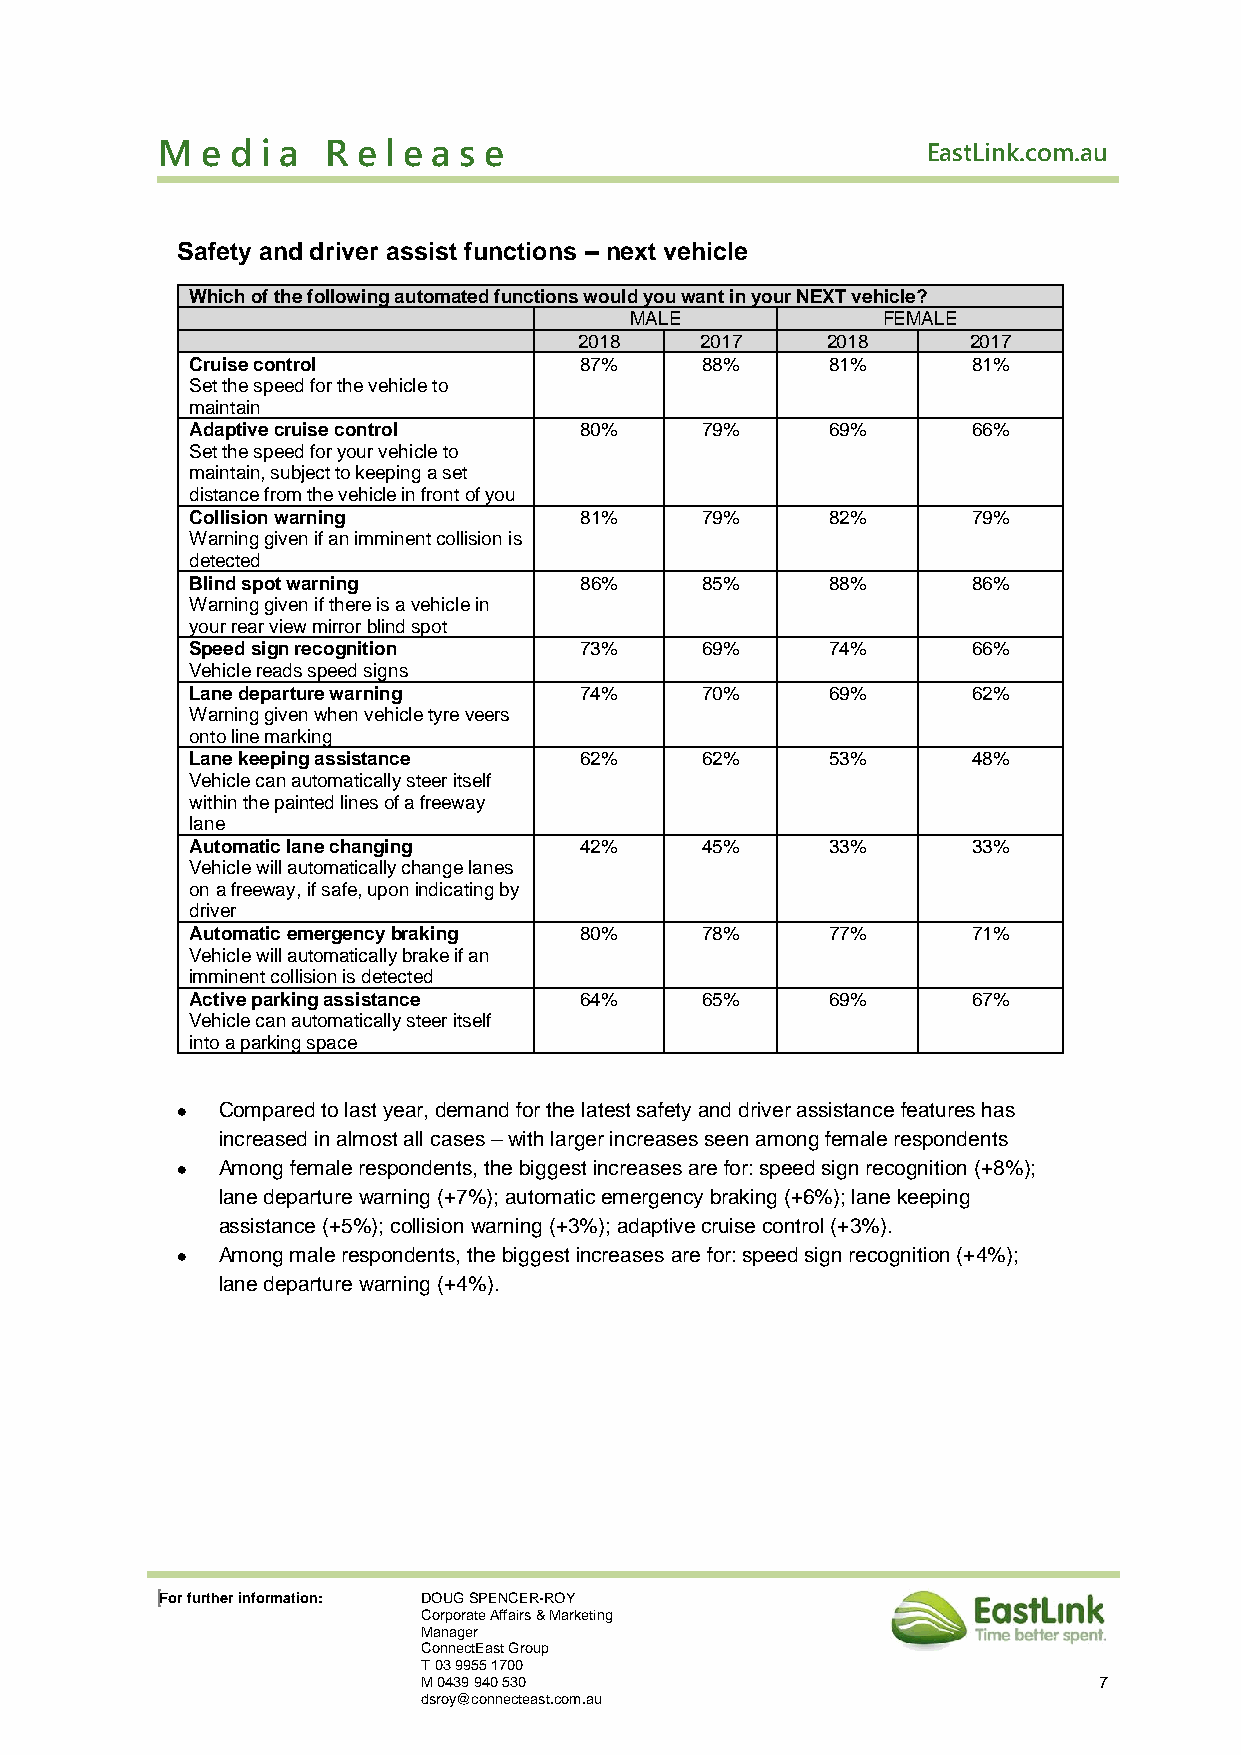
M  e d i a  R e l e a s e                          EastLink.com.au
 Safety and driver assist functions – next vehicle
 Which of the following automated functions would you want in your NEXT vehicle?
 MALE            FEMALE
 2018    2017     2018     2017
 Cruise control           87%     88%      81%      81%
 Set the speed for the vehicle to
 maintain
 Adaptive cruise control  80%     79%      69%      66%
 Set the speed for your vehicle to
 maintain, subject to keeping a set
 distance from the vehicle in front of you
 Collision warning        81%     79%      82%      79%
 Warning given if an imminent collision is
 detected
 Blind spot warning       86%     85%      88%      86%
 Warning given if there is a vehicle in
 your rear view mirror blind spot
 Speed sign recognition   73%     69%      74%      66%
 Vehicle reads speed signs
 Lane departure warning   74%     70%      69%      62%
 Warning given when vehicle tyre veers
 onto line marking
 Lane keeping assistance  62%     62%      53%      48%
 Vehicle can automatically steer itself
 within the painted lines of a freeway
 lane
 Automatic lane changing  42%     45%      33%      33%
 Vehicle will automatically change lanes
 on a freeway, if safe, upon indicating by
 driver
 Automatic emergency braking 80%  78%      77%      71%
 Vehicle will automatically brake if an
 imminent collision is detected
 Active parking assistance 64%    65%      69%      67%
 Vehicle can automatically steer itself
 into a parking space
 • Compared to last year, demand for the latest safety and driver assistance features has
 increased in almost all cases – with larger increases seen among female respondents
 • Among female respondents, the biggest increases are for: speed sign recognition (+8%);
 lane departure warning (+7%); automatic emergency braking (+6%); lane keeping
 assistance (+5%); collision warning (+3%); adaptive cruise control (+3%).
 • Among male respondents, the biggest increases are for: speed sign recognition (+4%);
 lane departure warning (+4%).
 For further information: DOUG SPENCER-ROY
 Corporate Affairs & Marketing
 Manager
 ConnectEast Group
 T 03 9955 1700
 M 0439 940 530                               7
 dsroy@connecteast.com.au